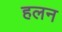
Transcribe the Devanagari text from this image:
हलन